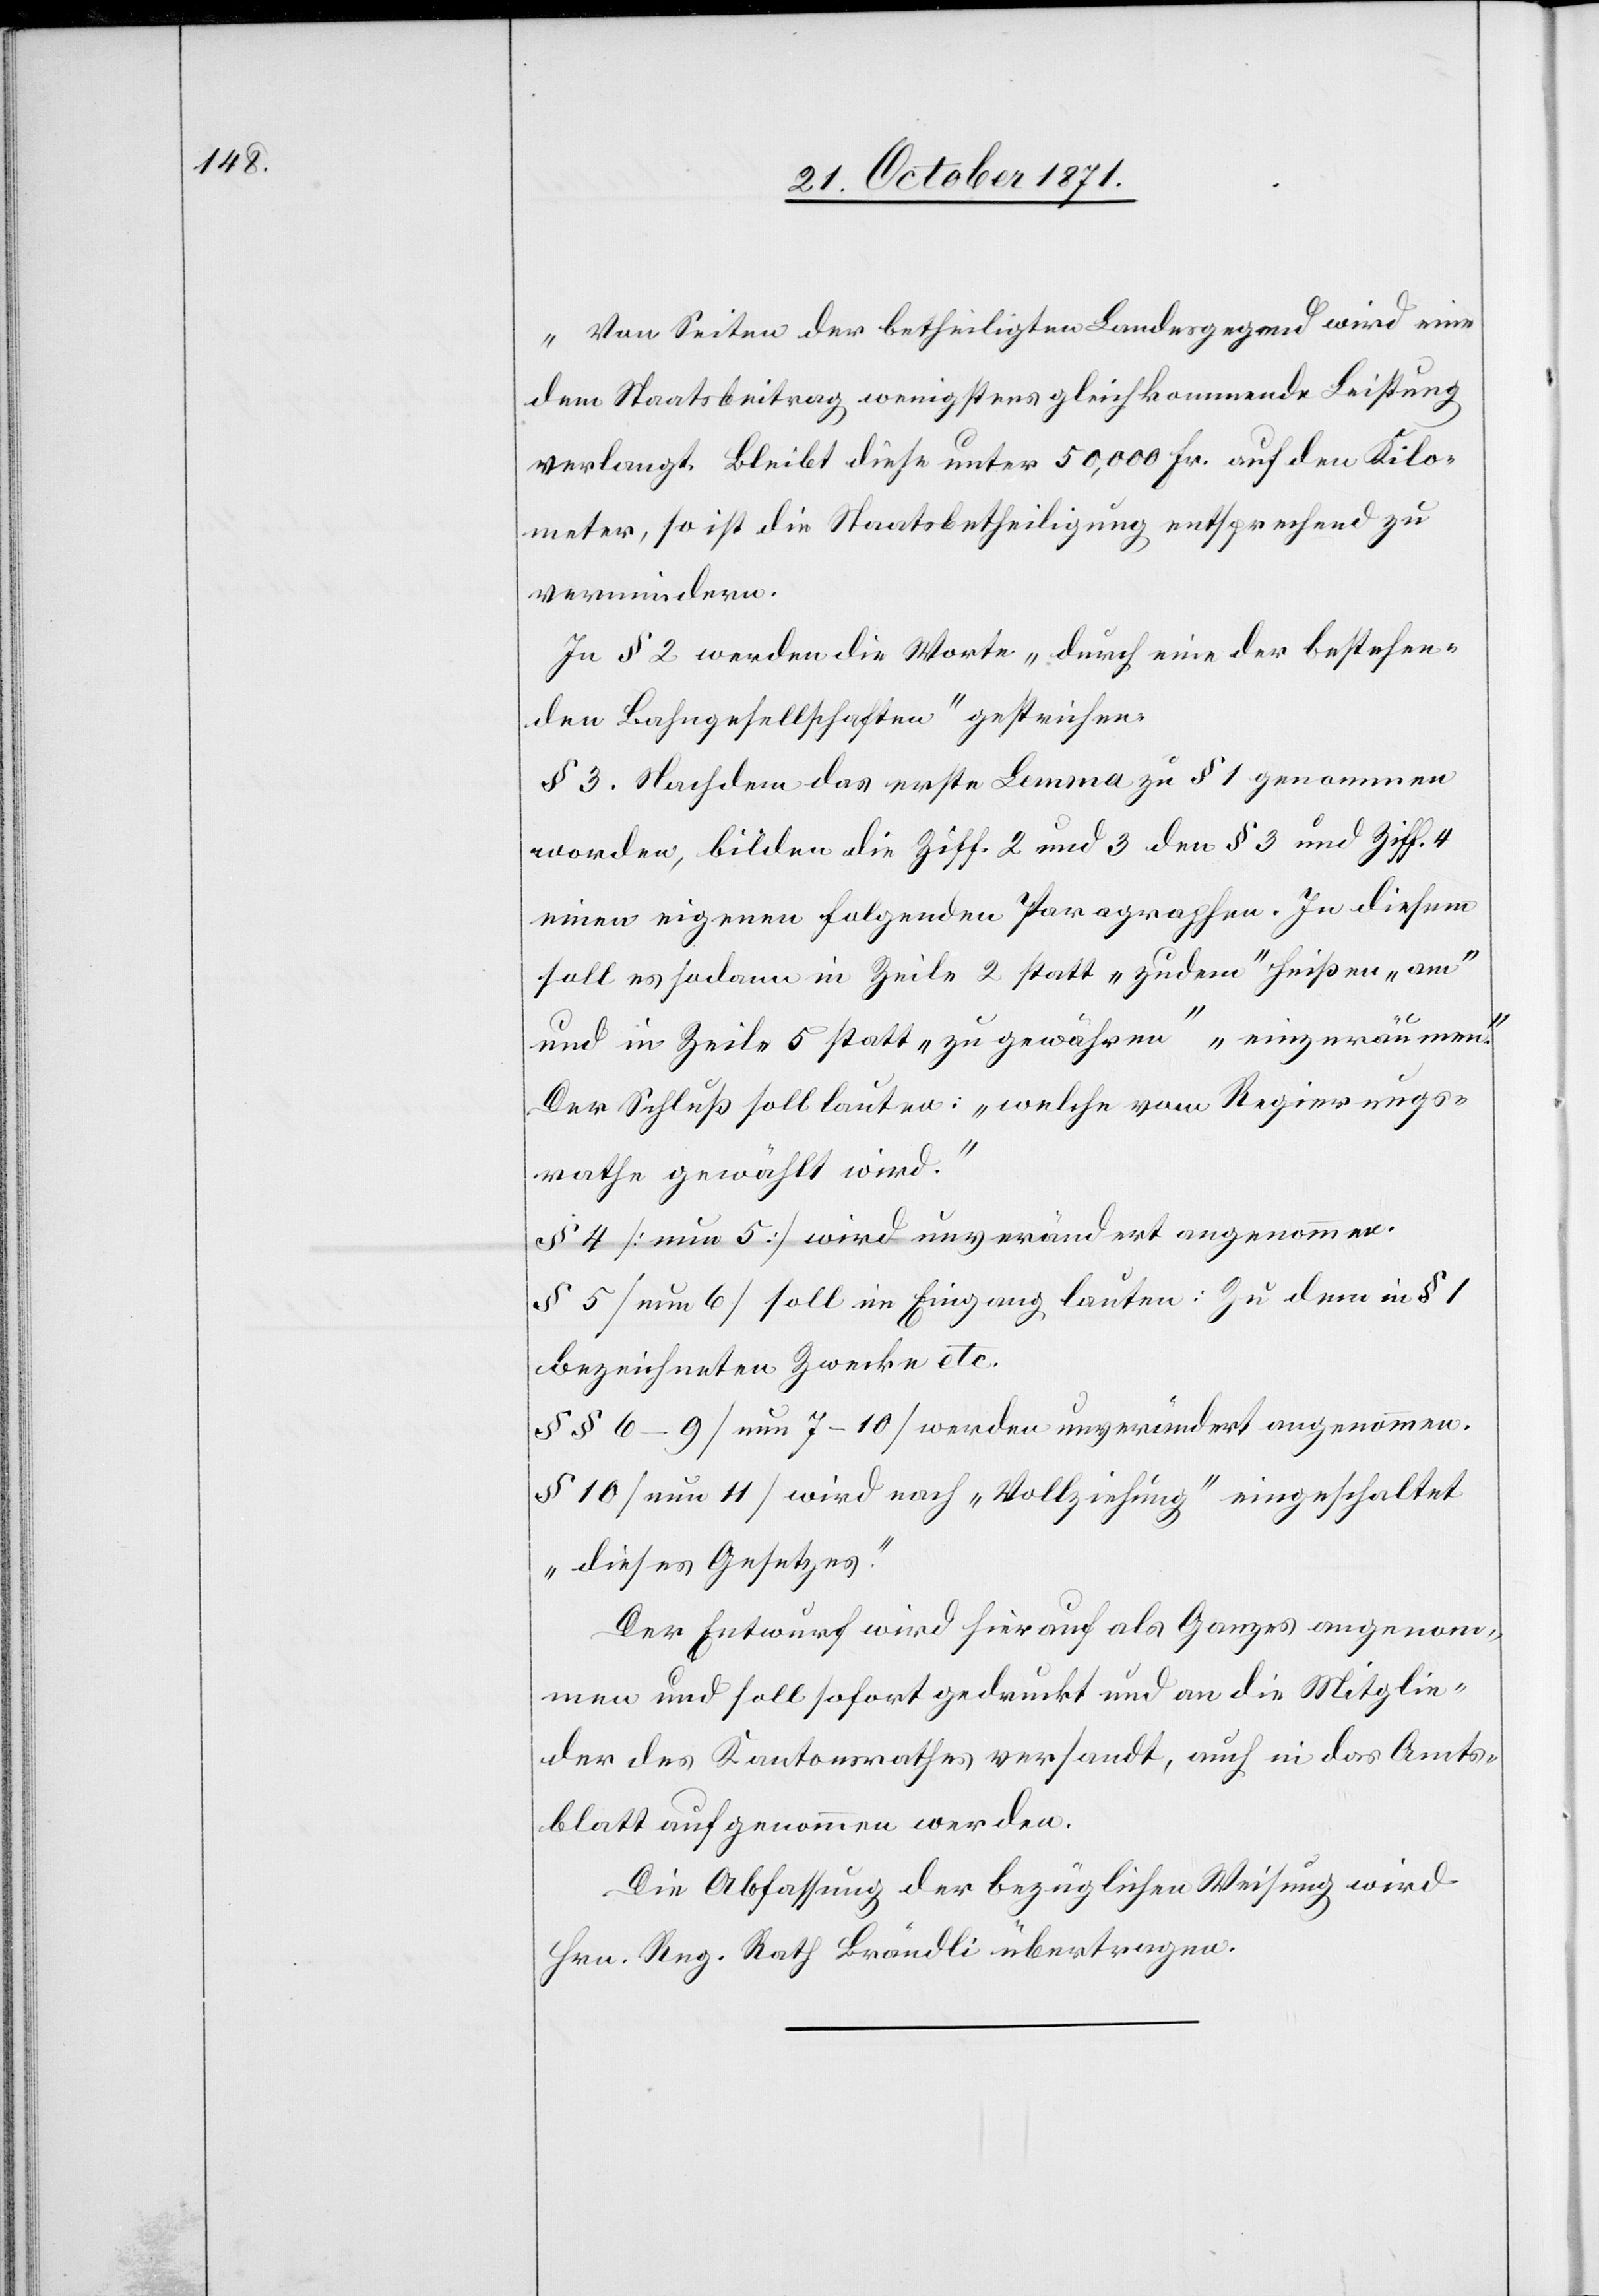
„Von Seiten der betheiligten Landesgegend wird eine
dem Staatsbeitrag wenigstens gleichkommende Leistung
verlangt. Bleibt diese unter 50,000 Fr. auf den Kilo¬
meter, so ist die Staatsbetheiligung entsprechend zu
vermindern.[“]
In § 2 werden die Worte „durch eine der bestehen¬
den Bahngesellschaften“ gestrichen.
§ 3. Nachdem das erste Lemma zu § 1 genommen
worden, bilden die Ziff. 2 und 3 den § 3 und Ziff. 4
einen eigenen folgenden Paragraphen. In diesem
soll es sodann in Zeile 2 statt „zudem“ heißen „am“
und in Zeile 5 statt „zu gewähren“ „einzuräumen“.
Der Schluß soll lauten: „welche vom Regierungs¬
rathe gewählt wird.“
§ 4 [nun 5] wird unverändert angenommen.
§ 5 [nun 6] soll im Eingang lauten: zu dem in § 1
bezeichneten Zwecke etc.
§§ 6–9 [nun 7–10] werden unverändert angenommen.
§ 10 [nun 11] wird nach „Vollziehung“ eingeschaltet
„dieses Gesetzes“.
Der Entwurf wird hierauf als Ganzer angenom¬
men und soll sofort gedruckt und an die Mitglie¬
der des Kantonsrathes versandt, auch in das Amts¬
blatt aufgenommen werden.
Die Abfassung der bezüglichen Weisung wird
Hrn. Reg. Rath Brändli übertragen.